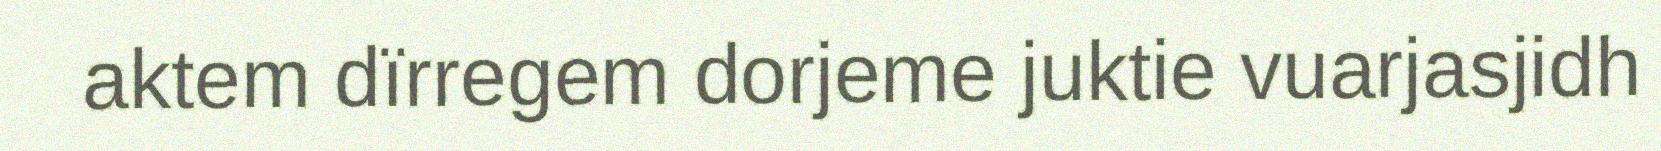
aktem dïrregem dorjeme juktie vuarjasjidh